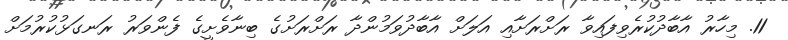
11. މިހާރު އާބާދުކުރެވިފައިވާ ރަށްރަށާއި އަލަށް އާބާދުވަމުންދާ ރަށްރަށުގެ ބިނާވެށީގެ ފެންވަރު ރަނގަޅުކުރުމަށް